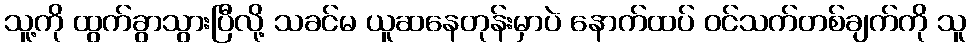
သူ့ကို ထွက်ခွာသွားပြီလို့ သခင်မ ယူဆနေတုန်းမှာပဲ နောက်ထပ် ဝင်သက်တစ်ချက်ကို သူ